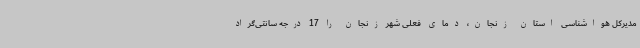
مدیرکل هواشناسی استان زنجان، دمای فعلی شهر زنجان را 17 درجه سانتی‌گراد